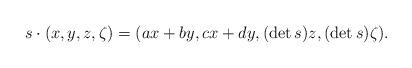
LaTeX: \begin{align*}s\cdot (x,y,z,\zeta)=(ax+by,cx+dy,(\det s)z,(\det s)\zeta).\end{align*}